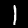
Digit: 1